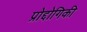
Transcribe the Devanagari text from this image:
प्रोद्दोगिकी